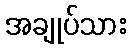
အချုပ်သား